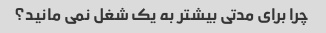
چرا برای مدتی بیشتر به یک شغل نمی مانید؟